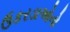
ઉકરડાઓનો